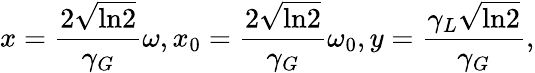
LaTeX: x=\frac{2\sqrt{\textrm{ln}2}}{\gamma_{G}}\omega,x_{0}=\frac{2\sqrt{\textrm{ln}2}}{\gamma_{G}}\omega_{0},y=\frac{\gamma_{L}\sqrt{\textrm{ln}2}}{\gamma_{G}},